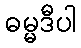
ဓမ္မဒီပါ